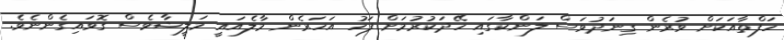
ހަފްތާއަކަށް ވުރެން ގިނަދުވަސް ލަންކާގައި ހޭދަކުރުމަށް ފަހު އަހަރެން މާލެއައީ މަލީޝާވެސް ގޮވައިގެންނެވެ.